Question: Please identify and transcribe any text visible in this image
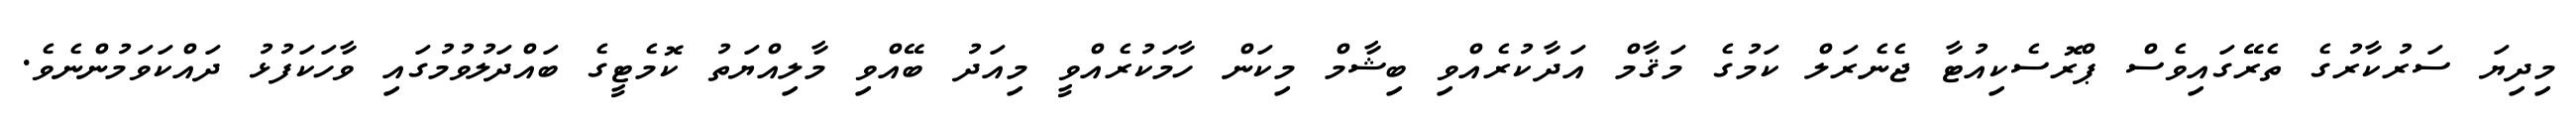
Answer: މިދިޔަ ސަރުކާރުގެ ތެރޭގައިވެސް ޕްރޮސެކިއުޓާ ޖެނެރަލް ކަމުގެ މަޤާމް އަދާކުރެއްވި ބިޝާމް މިކަން ހާމަކުރެއްވީ މިއަދު ބޭއްވި މާލިއްޔަތު ކޮމެޓީގެ ބައްދަލުވުމުގައި ވާހަކަފުޅު ދައްކަވަމުންނެވެ.